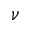
\nu